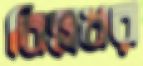
বিল্লধর